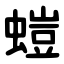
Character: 螘